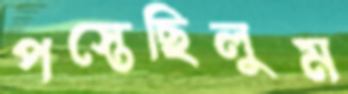
পস্তেছিলুম